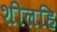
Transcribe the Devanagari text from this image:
शीलहि